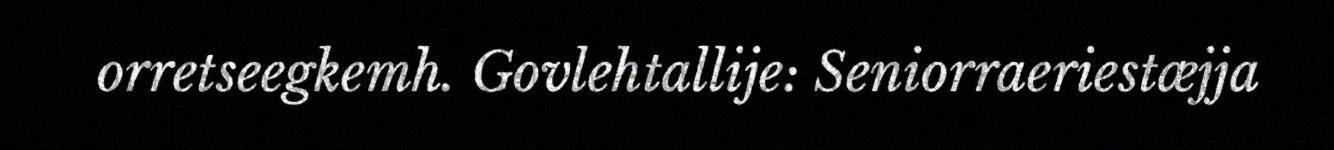
orretseegkemh. Govlehtallije: Seniorraeriestæjja